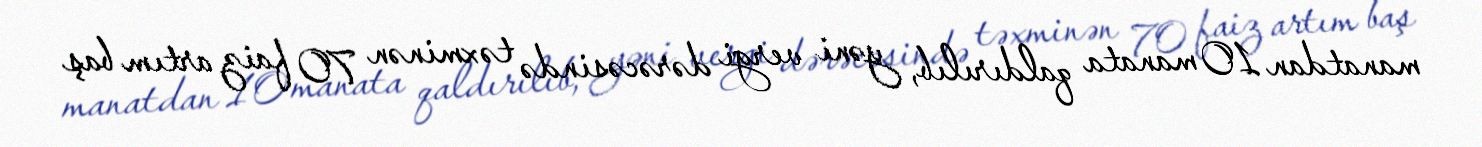
manatdan 10 manata qaldırılıb, yəni vergi dərəcəsində təxminən 70 faiz artım baş